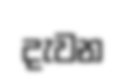
දැවන